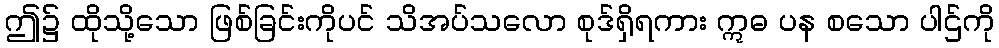
ဤ၌ ထိုသို့သော ဖြစ်ခြင်းကိုပင် သိအပ်သလော စုဒ်ရှိရကား ဣဓ ပန စသော ပါဌ်ကို